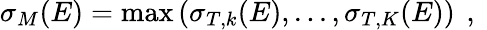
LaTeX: \sigma_{M}(E)=\operatorname*{max}\left(\sigma_{T,k}(E),...,\sigma_{T,K}(E)\right)\, \mathrm{~,~}